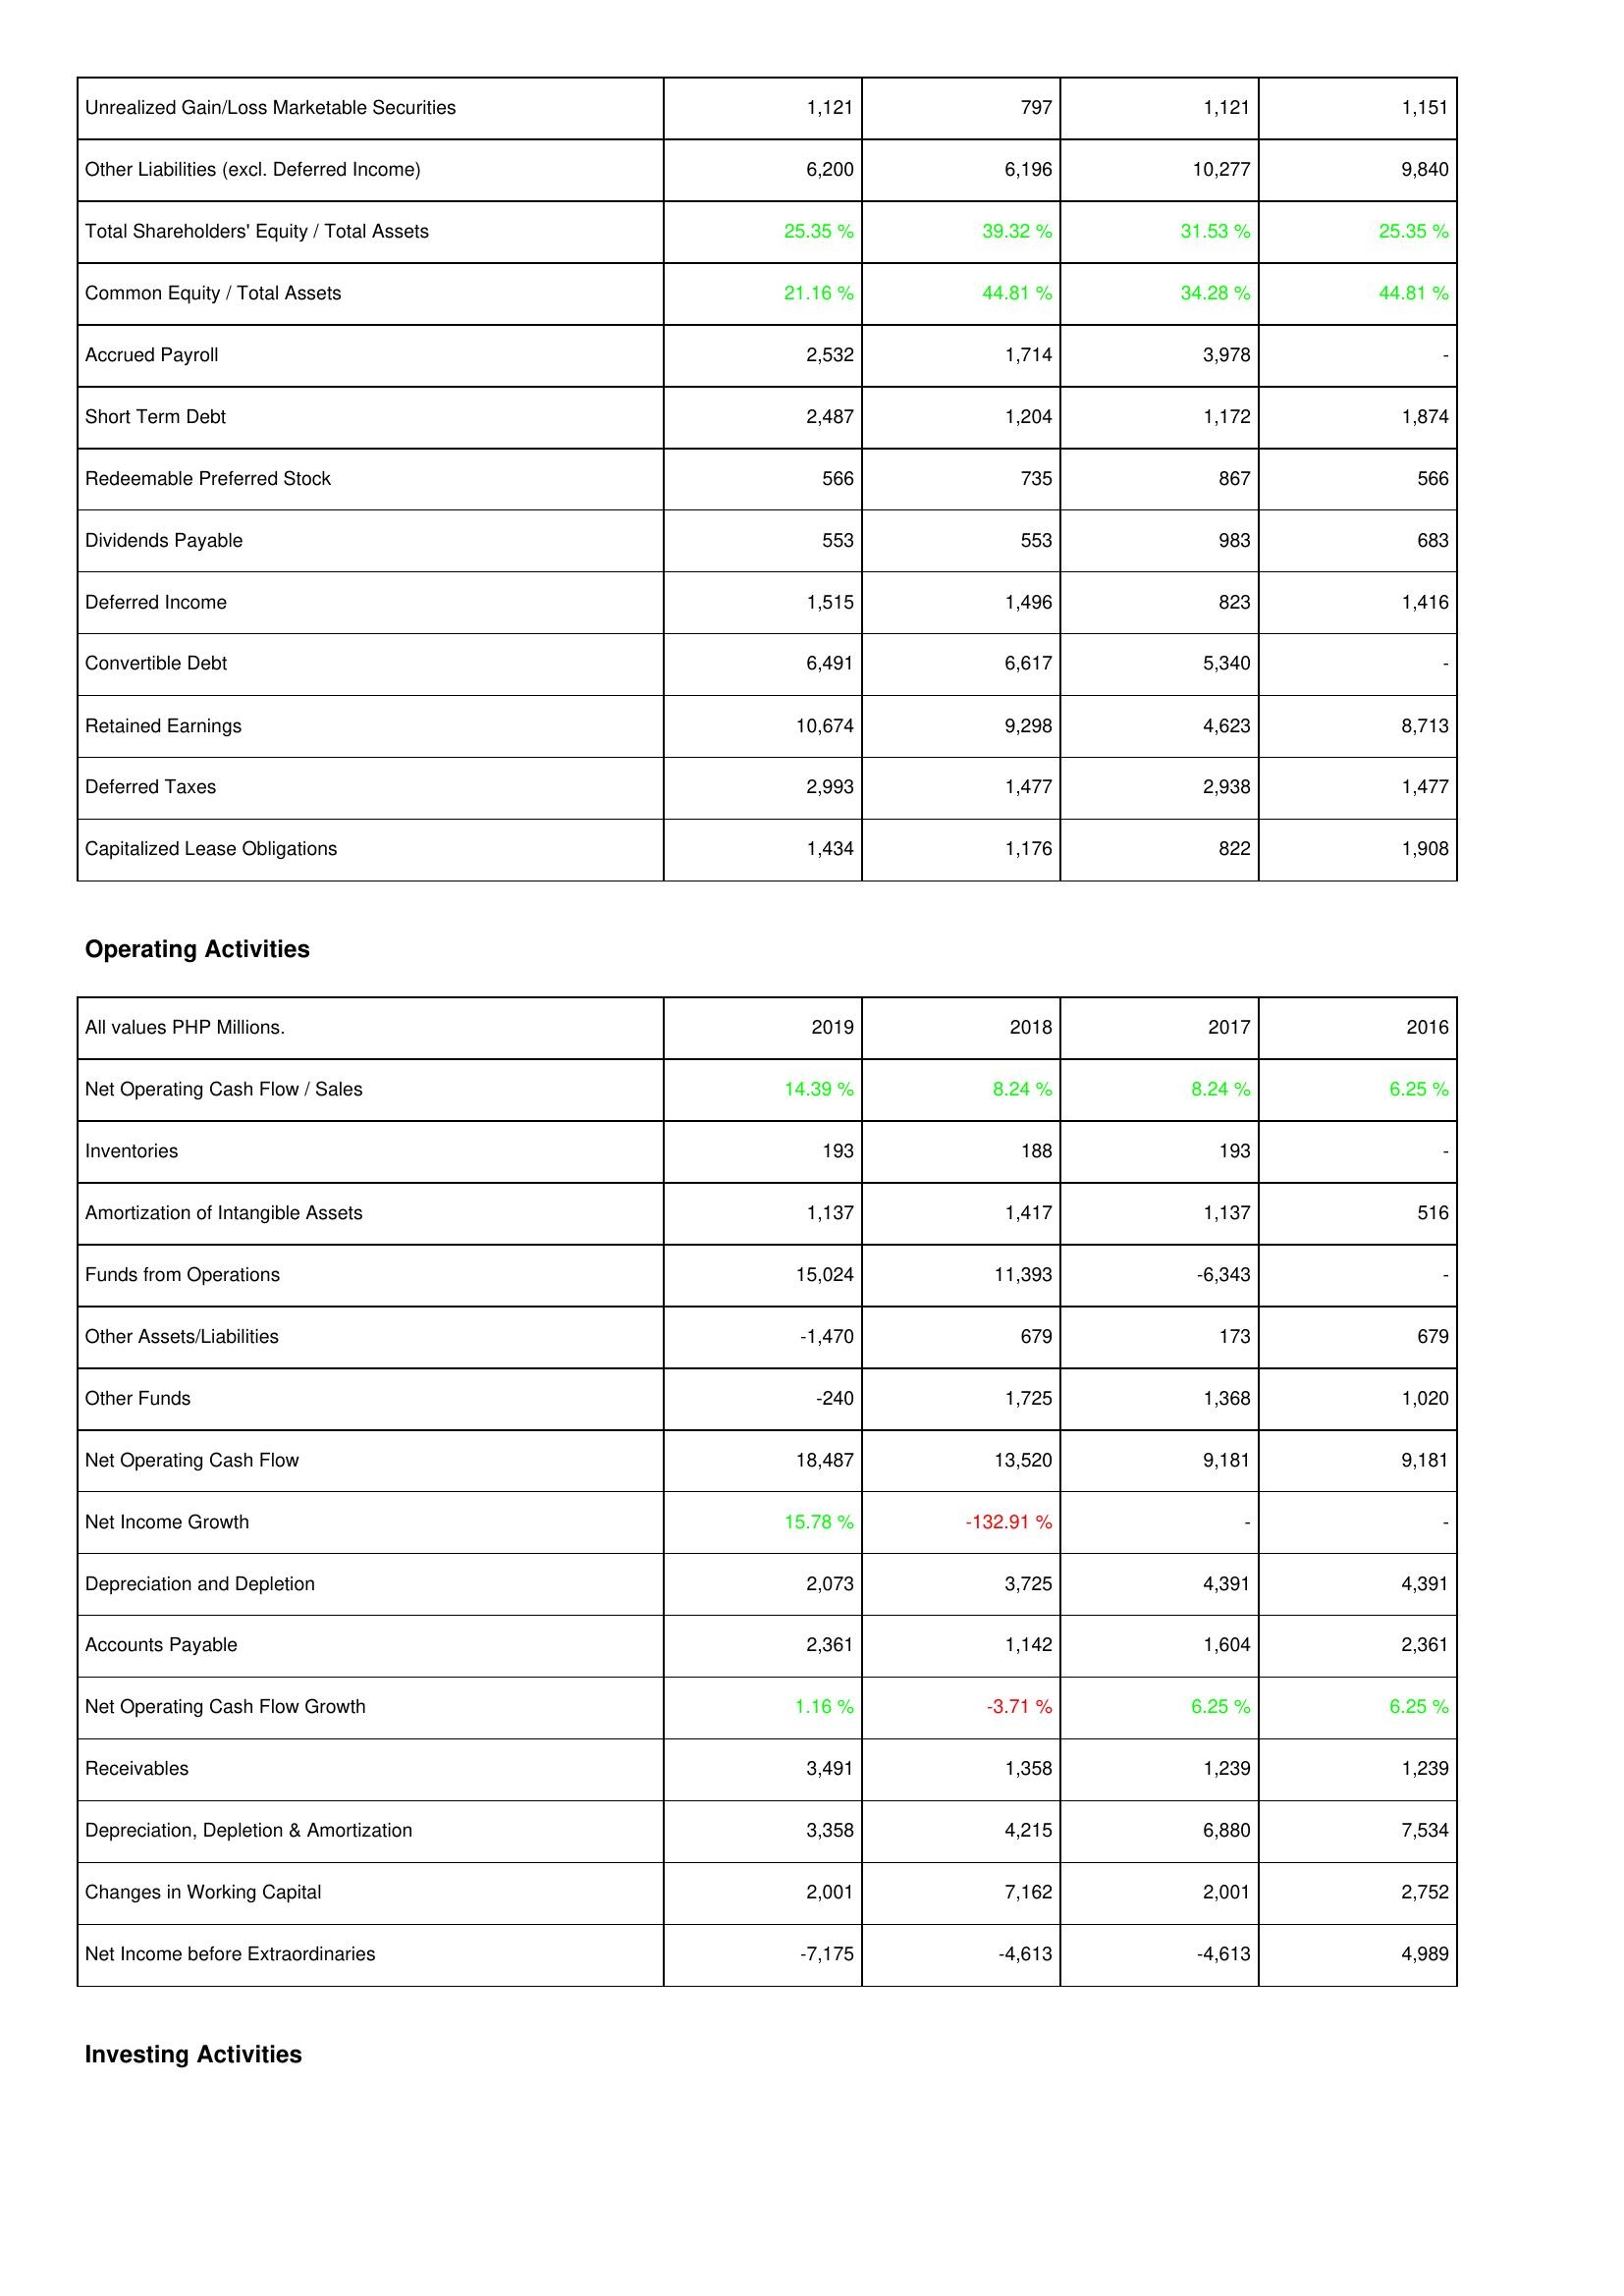
2019: Liabilities & Shareholders' Equity: Unrealized Gain/Loss Marketable Securities: 1,121
Other Liabilities (excl. Deferred Income): 6,200
Total Shareholders' Equity / Total Assets: 25.35 %
Common Equity / Total Assets: 21.16 %
Accrued Payroll: 2,532
Short Term Debt: 2,487
Redeemable Preferred Stock: 566
Dividends Payable: 553
Deferred Income: 1,515
Convertible Debt: 6,491
Retained Earnings: 10,674
Deferred Taxes: 2,993
Capitalized Lease Obligations: 1,434
Operating Activities: Net Operating Cash Flow / Sales: 14.39 %
Inventories: 193
Amortization of Intangible Assets: 1,137
Funds from Operations: 15,024
Other Assets/Liabilities: -1,470
Other Funds: -240
Net Operating Cash Flow: 18,487
Net Income Growth: 15.78 %
Depreciation and Depletion: 2,073
Accounts Payable: 2,361
Net Operating Cash Flow Growth: 1.16 %
Receivables: 3,491
Depreciation, Depletion & Amortization: 3,358
Changes in Working Capital: 2,001
Net Income before Extraordinaries: -7,175
2018: Liabilities & Shareholders' Equity: Unrealized Gain/Loss Marketable Securities: 797
Other Liabilities (excl. Deferred Income): 6,196
Total Shareholders' Equity / Total Assets: 39.32 %
Common Equity / Total Assets: 44.81 %
Accrued Payroll: 1,714
Short Term Debt: 1,204
Redeemable Preferred Stock: 735
Dividends Payable: 553
Deferred Income: 1,496
Convertible Debt: 6,617
Retained Earnings: 9,298
Deferred Taxes: 1,477
Capitalized Lease Obligations: 1,176
Operating Activities: Net Operating Cash Flow / Sales: 8.24 %
Inventories: 188
Amortization of Intangible Assets: 1,417
Funds from Operations: 11,393
Other Assets/Liabilities: 679
Other Funds: 1,725
Net Operating Cash Flow: 13,520
Net Income Growth: -132.91 %
Depreciation and Depletion: 3,725
Accounts Payable: 1,142
Net Operating Cash Flow Growth: -3.71 %
Receivables: 1,358
Depreciation, Depletion & Amortization: 4,215
Changes in Working Capital: 7,162
Net Income before Extraordinaries: -4,613
2017: Liabilities & Shareholders' Equity: Unrealized Gain/Loss Marketable Securities: 1,121
Other Liabilities (excl. Deferred Income): 10,277
Total Shareholders' Equity / Total Assets: 31.53 %
Common Equity / Total Assets: 34.28 %
Accrued Payroll: 3,978
Short Term Debt: 1,172
Redeemable Preferred Stock: 867
Dividends Payable: 983
Deferred Income: 823
Convertible Debt: 5,340
Retained Earnings: 4,623
Deferred Taxes: 2,938
Capitalized Lease Obligations: 822
Operating Activities: Net Operating Cash Flow / Sales: 8.24 %
Inventories: 193
Amortization of Intangible Assets: 1,137
Funds from Operations: -6,343
Other Assets/Liabilities: 173
Other Funds: 1,368
Net Operating Cash Flow: 9,181
Net Income Growth: -
Depreciation and Depletion: 4,391
Accounts Payable: 1,604
Net Operating Cash Flow Growth: 6.25 %
Receivables: 1,239
Depreciation, Depletion & Amortization: 6,880
Changes in Working Capital: 2,001
Net Income before Extraordinaries: -4,613
2016: Liabilities & Shareholders' Equity: Unrealized Gain/Loss Marketable Securities: 1,151
Other Liabilities (excl. Deferred Income): 9,840
Total Shareholders' Equity / Total Assets: 25.35 %
Common Equity / Total Assets: 44.81 %
Accrued Payroll: -
Short Term Debt: 1,874
Redeemable Preferred Stock: 566
Dividends Payable: 683
Deferred Income: 1,416
Convertible Debt: -
Retained Earnings: 8,713
Deferred Taxes: 1,477
Capitalized Lease Obligations: 1,908
Operating Activities: Net Operating Cash Flow / Sales: 6.25 %
Inventories: -
Amortization of Intangible Assets: 516
Funds from Operations: -
Other Assets/Liabilities: 679
Other Funds: 1,020
Net Operating Cash Flow: 9,181
Net Income Growth: -
Depreciation and Depletion: 4,391
Accounts Payable: 2,361
Net Operating Cash Flow Growth: 6.25 %
Receivables: 1,239
Depreciation, Depletion & Amortization: 7,534
Changes in Working Capital: 2,752
Net Income before Extraordinaries: 4,989